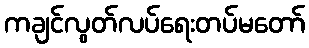
ကချင်လွတ်လပ်ရေးတပ်မတော်